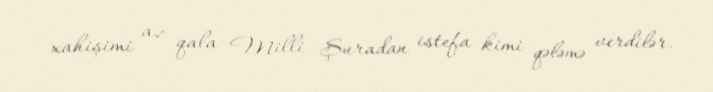
xahişimi az qala Milli Şuradan istefa kimi qələmə verdilər.